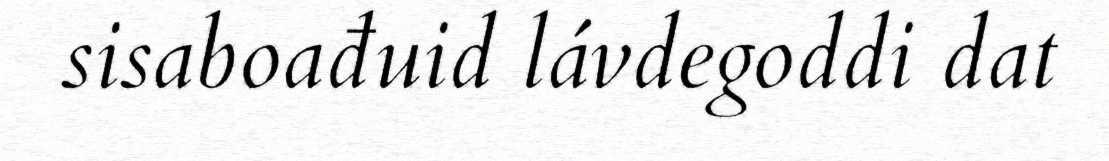
sisaboađuid lávdegoddi dat